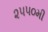
૨૫૫૦મી